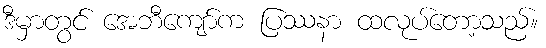
ဒီမှာတွင် အေဘီကျော်က ပြဿနာ ထလုပ်တော့သည်။